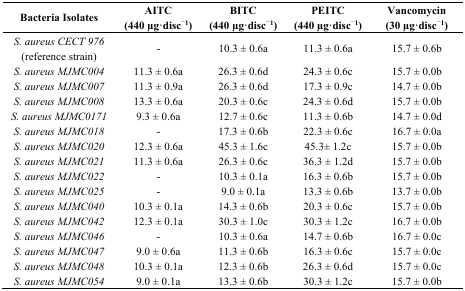
<table><thead><tr><td><b>Bacteria Isolates</b></td><td><b>AITC (440 μg·disc<sup>−1</sup>)</b></td><td><b>BITC (440 μg·disc<sup>−1</sup>)</b></td><td><b>PEITC (440 μg·disc<sup>−1</sup>)</b></td><td><b>Vancomycin (30 μg·disc<sup>−1</sup>)</b></td></tr></thead><tbody><tr><td><i>S. aureus CECT 976</i> (reference strain)</td><td>-</td><td>10.3 ± 0.6a</td><td>11.3 ± 0.6a</td><td>15.7 ± 0.6b</td></tr><tr><td><i>S. aureus MJMC004</i></td><td>11.3 ± 0.6a</td><td>26.3 ± 0.6d</td><td>24.3 ± 0.6c</td><td>15.7 ± 0.0b</td></tr><tr><td><i>S. aureus MJMC007</i></td><td>11.3 ± 0.9a</td><td>26.3 ± 0.6d</td><td>17.3 ± 0.9c</td><td>14.7 ± 0.0b</td></tr><tr><td><i>S. aureus MJMC008</i></td><td>13.3 ± 0.6a</td><td>20.3 ± 0.6c</td><td>24.3 ± 0.6d</td><td>15.7 ± 0.0b</td></tr><tr><td><i>S. aureus MJMC0171</i></td><td>9.3 ± 0.6a</td><td>12.7 ± 0.6c</td><td>11.3 ± 0.6b</td><td>14.7 ± 0.0d</td></tr><tr><td><i>S. aureus MJMC018</i></td><td>-</td><td>17.3 ± 0.6b</td><td>22.3 ± 0.6c</td><td>16.7 ± 0.0a</td></tr><tr><td><i>S. aureus MJMC020</i></td><td>12.3 ± 0.6a</td><td>45.3 ± 1.6c</td><td>45.3± 1.2c</td><td>15.7 ± 0.0b</td></tr><tr><td><i>S. aureus MJMC021</i></td><td>11.3 ± 0.6a</td><td>26.3 ± 0.6c</td><td>36.3 ± 1.2d</td><td>15.7 ± 0.0b</td></tr><tr><td><i>S. aureus MJMC022</i></td><td>-</td><td>10.3 ± 0.1a</td><td>16.3 ± 0.6b</td><td>15.7 ± 0.0b</td></tr><tr><td><i>S. aureus MJMC025</i></td><td>-</td><td>9.0 ± 0.1a</td><td>13.3 ± 0.6b</td><td>13.7 ± 0.0b</td></tr><tr><td><i>S. aureus MJMC040</i></td><td>10.3 ± 0.1a</td><td>14.3 ± 0.6b</td><td>20.3 ± 0.6c</td><td>15.7 ± 0.0b</td></tr><tr><td><i>S. aureus MJMC042</i></td><td>12.3 ± 0.1a</td><td>30.3 ± 1.0c</td><td>30.3 ± 1.2c</td><td>16.7 ± 0.0b</td></tr><tr><td><i>S. aureus MJMC046</i></td><td>-</td><td>10.3 ± 0.6a</td><td>14.7 ± 0.6b</td><td>16.7 ± 0.0c</td></tr><tr><td><i>S. aureus MJMC047</i></td><td>9.0 ± 0.6a</td><td>11.3 ± 0.6b</td><td>16.3 ± 0.6c</td><td>15.7 ± 0.0c</td></tr><tr><td><i>S. aureus MJMC048</i></td><td>10.3 ± 0.1a</td><td>12.3 ± 0.6b</td><td>26.3 ± 0.6d</td><td>15.7 ± 0.0c</td></tr><tr><td><i>S. aureus MJMC054</i></td><td>9.0 ± 0.1a</td><td>13.3 ± 0.6b</td><td>30.3 ± 1.2c</td><td>15.7 ± 0.0b</td></tr></tbody></table>